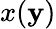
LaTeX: x(\mathbf{y})